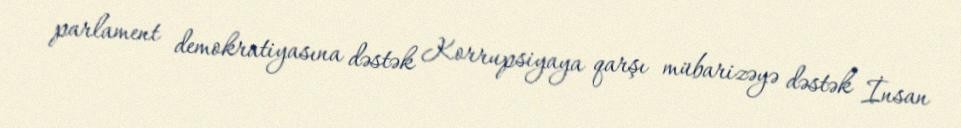
parlament demokratiyasına dəstək Korrupsiyaya qarşı mübarizəyə dəstək İnsan